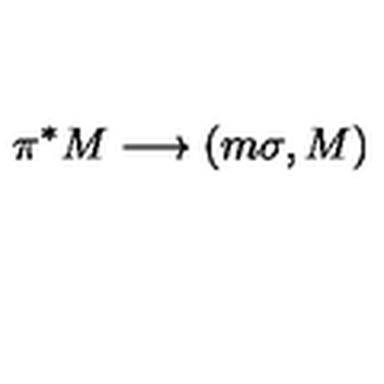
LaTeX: \pi ^ { * } M \longrightarrow ( m \sigma , M )